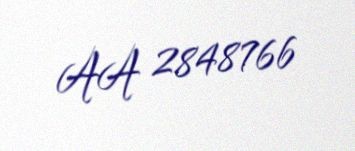
AA 2848766